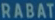
RABAT